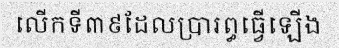
លើកទី៣៩ដែលប្រារព្ធធ្វើឡើង